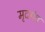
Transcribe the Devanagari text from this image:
मृदगंध